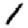
Digit: 1